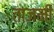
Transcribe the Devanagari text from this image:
ताजमी